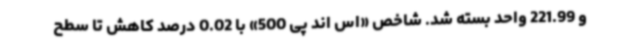
و 221.99 واحد بسته شد. شاخص «اس اند پی 500» با 0.02 درصد کاهش تا سطح